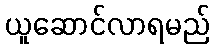
ယူဆောင်လာရမည်